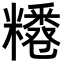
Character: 𥽊